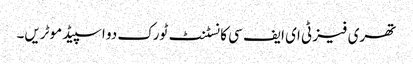
تھری فیز ٹی ای ایف سی کانسٹنٹ ٹورک دو اسپیڈ موٹریں۔